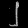
Digit: ၂